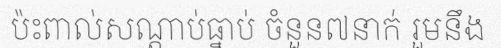
ប៉ះពាល់សណ្តាប់ធ្នាប់ ចំនួន៧នាក់ រួមនឹង